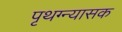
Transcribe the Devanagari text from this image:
पृथग्न्यासक